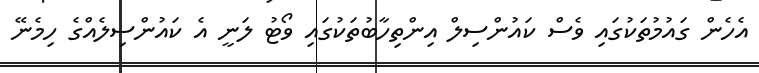
އެހެން ގައުމުތަކުގައި ވެސް ކައުންސިލް އިންތިހާބުތަކުގައި ވޯޓު ލަނީ އެ ކައުންސިލެއްގެ ހިމެނޭ